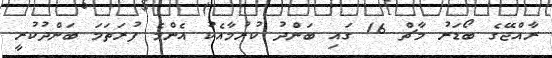
ރާއްޖޭގެ ބޯޑަރު މާޗް 16 ގައި ބަންދު ކުރުމާއެކު އެންމެ ފުރަތަމަ ބަންދުކުރީ